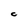
Character: c